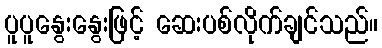
ပူပူနွေးနွေးဖြင့် ဆေးပစ်လိုက်ချင်သည်။